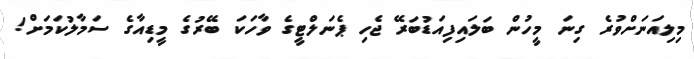
މިލިއަނަށްވުރެ ގިނަ މީހުން ބަލައިފިއަޑުބަރޭ ޖެހި ޕެނަލްޓީގެ ވާހަކަ ބޭރުގެ މީޑިއާގެ ސަމާލުކަމަށް!